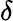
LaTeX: \delta